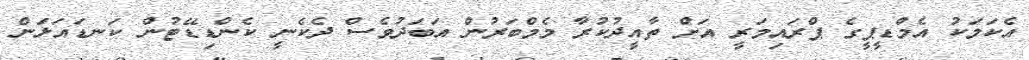
އެކަމަކު އެމްޑީޕީގެ ޕްރައިމަރީ އަށް ތާއީދުކުރާ މެމްބަރުން އަބަދުވެސް ދެކެނީ ކެންޑިޑޭޓުން ކަނޑައަޅަން